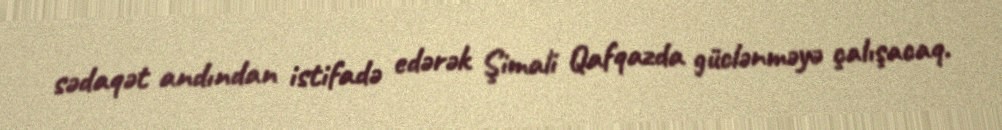
sədaqət andından istifadə edərək Şimali Qafqazda güclənməyə çalışacaq.